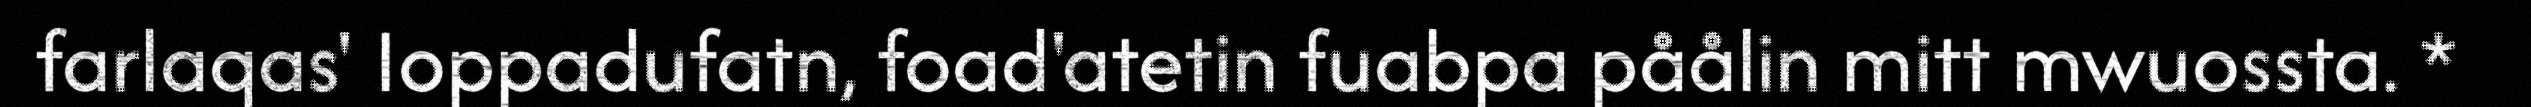
farlaqas' Ioppadufatn, foad'atetin fuabpa påålin mitt mwuossta. *